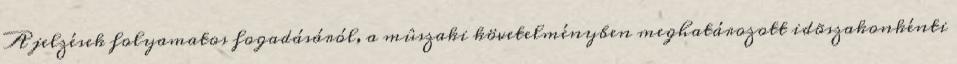
A jelzések folyamatos fogadásáról, a mûszaki követelményben meghatározott idõszakonkénti